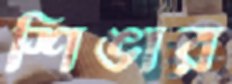
শিঙার